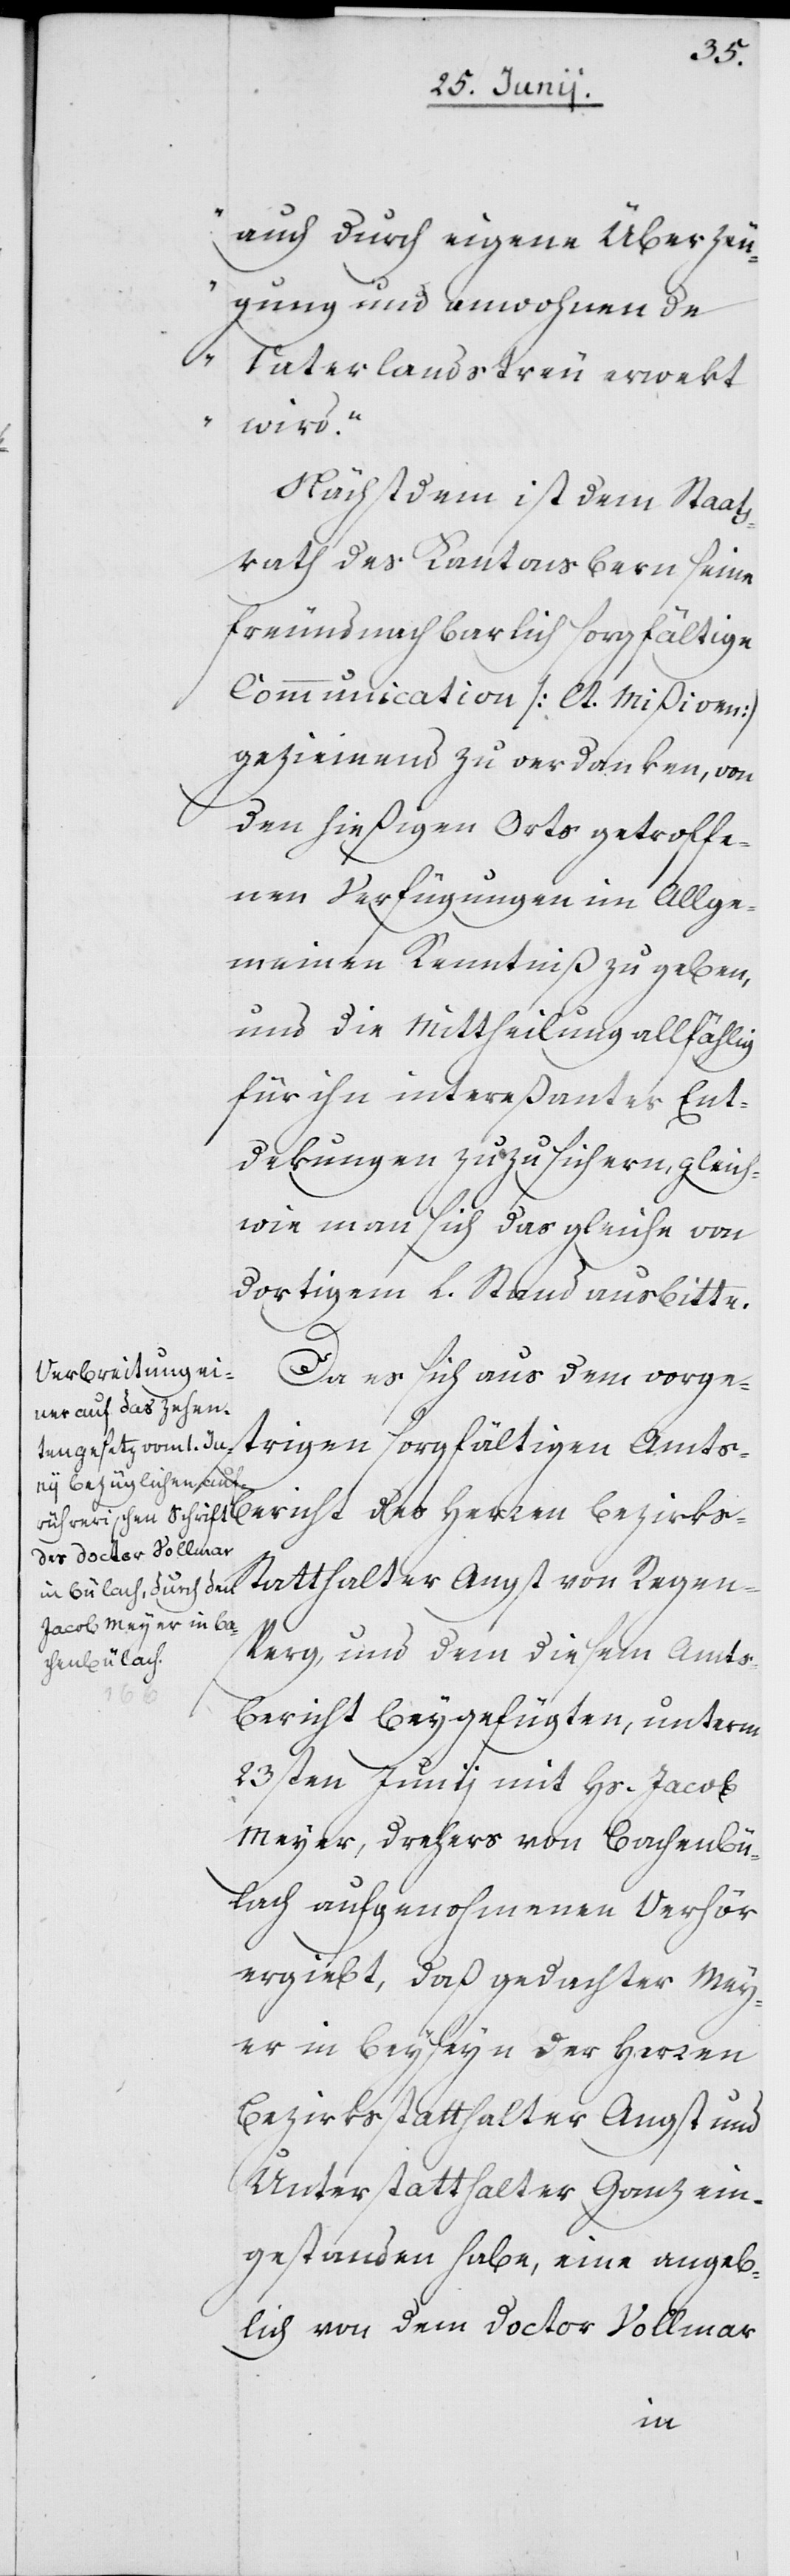
auch durch eigene Überzeu¬
gung und anwohnende
Vaterlandstreu erwekt
wird.“
Nächst dem ist dem Staats¬
rath des Kantons Bern seine
freundnachbarlich sorgfältige
Communication [lt. Mißiven]
geziemend zu verdanken, von
den hießigen Orts getroffe¬
nen Verfügungen im Allge¬
meinen Kenntniß zu geben,
und die Mittheilung allfählig
für ihn intereßanter Ent¬
dekungen zuzusichern, gleich¬
wie man sich das gleiche von
dortigem L. Stand ausbitte.
Da es sich aus dem vorge¬
strigen sorgfältigen Amts¬
bericht des Herren Bezirks-S¬
tatthalter Angst von Regen¬
sperg, und dem diesem Amts¬
bericht beygefügten, unterm
23sten Junii mit Hs. Jacob
Meyer, Drehers von Bachenbü¬
lach aufgenohmenen Verhör
ergiebt, daß gedachter Mey¬
er in Beyseyn der Herren
Bezirksstatthalter Angst und
Unterstatthalter Ganz ein¬
gestanden habe, eine angeb¬
lich von dem Doctor Vollmar